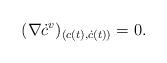
LaTeX: \begin{align*}(\nabla \dot{c}^{v})_{(c(t),\dot{c}(t))}=0. \end{align*}